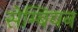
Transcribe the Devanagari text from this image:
सेम्बियन